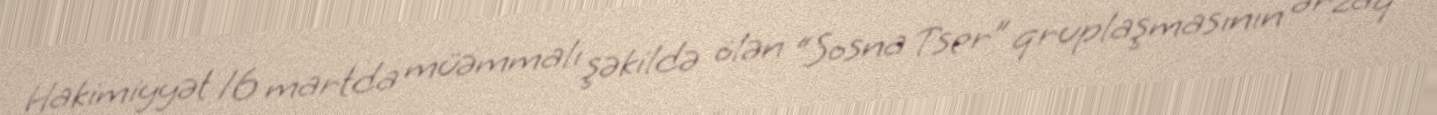
Hakimiyyət 16 martda müəmmalı şəkildə ölən “Sosna Tser” qruplaşmasının ərzaq